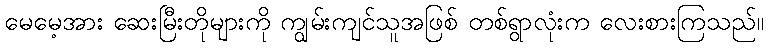
မေမေ့အား ဆေးမြီးတိုများကို ကျွမ်းကျင်သူအဖြစ် တစ်ရွာလုံးက လေးစားကြသည်။